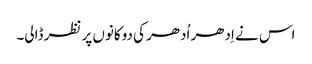
اس نے اِدھر اُدھر کی دوکانوں پر نظر ڈالی۔